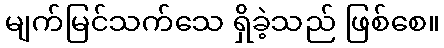
မျက်မြင်သက်သေ ရှိခဲ့သည် ဖြစ်စေ။